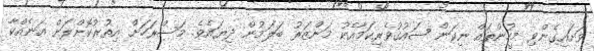
ވަށައިގެންވި މީހުންތައް ނިކަން ޝައުޤުވެރިކަމާއެކު މަންޒަރު ބަލަމުން ދިޔައެވެ. މަސްރަހަށް އިތުރުކޮށްލަން އަނެއްކާ